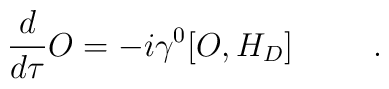
\frac{d}{d\tau}O = -i\gamma^{0}[O,H_{D}]\hspace{.4in}.